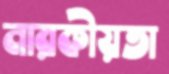
নারকীয়তা